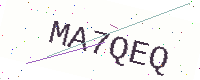
Text: MA7QEQ